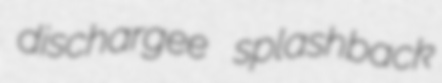
dischargee splashback